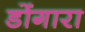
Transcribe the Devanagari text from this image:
डोंगारा